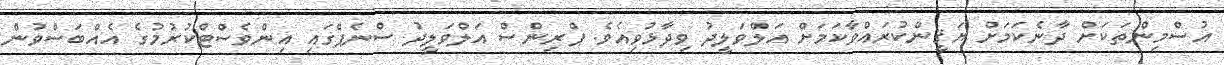
އުސްމިންތަކަށް ދާނެކަމަށް ޔަޤީންކުރައްވާކަމަށް އަލްވަލީދު ވިދާޅުވިއެވެ. ޕްރިންސް އަލްވަލީދު ސްނެޕްގައި އިންވެސްޓްކުރުމުގެ އެއްބަސްވުން